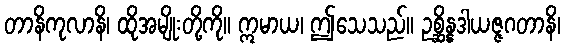
တာနိကုလာနိ၊ ထိုအမျိုးတို့ကို။ ဣမာယ၊ ဤသေသည်။ ဥစ္ဆိန္နဒါယဇ္ဇဂတာနိ၊